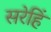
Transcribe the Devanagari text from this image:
सरेहिं